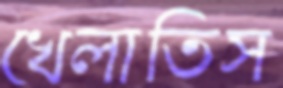
খেলাতিস